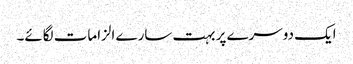
ایک دوسرے پر بہت سارے الزامات لگائے۔